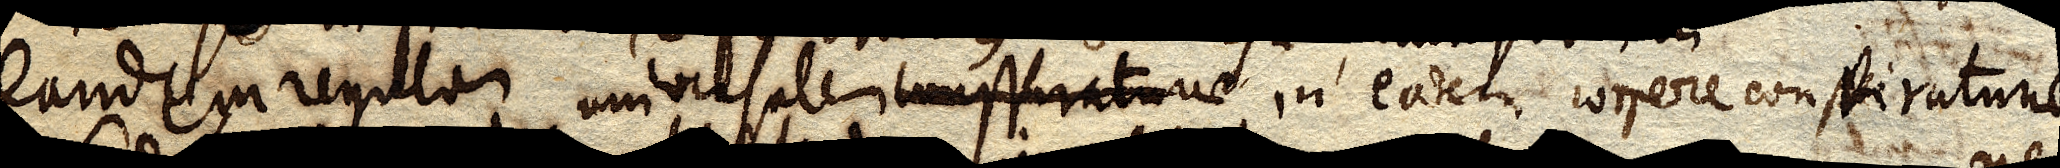
eandem regulam universalem conspiraturae in eodem corpore conspiraturae.